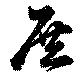
庶